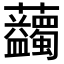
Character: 𧆇